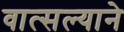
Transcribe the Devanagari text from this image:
वात्सल्याने